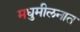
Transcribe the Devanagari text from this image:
मधुमीलनात